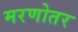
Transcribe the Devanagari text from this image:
मरणोतर